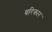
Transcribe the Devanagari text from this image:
बरिकार